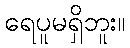
ရေပူမရှိဘူး။